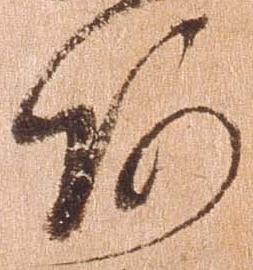
阿